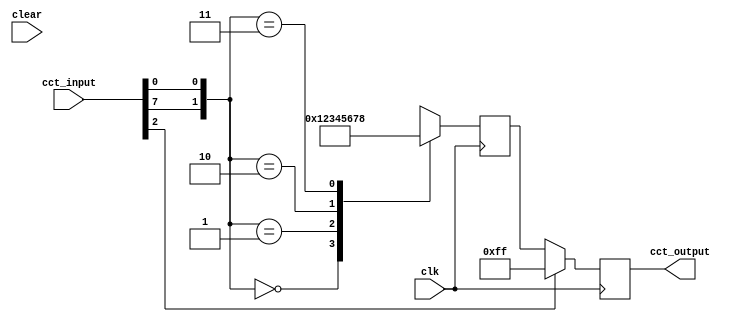
module student_circuit_Q5 (
          input clk, clear,
          input [7:0] cct_input,
          output reg [7:0] cct_output
			 );

reg [7:0] Y;

always @ (posedge clk)
case({cct_input[7],cct_input[0]})
2'b00: Y = 8'h12;
2'b01: Y = 8'h34;
2'b10: Y = 8'h56;
2'b11: Y = 8'h78;
endcase

always @ (posedge clk)
if (cct_input[2] == 1'b1) cct_output = 8'hff;
else cct_output = Y;

endmodule